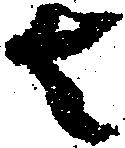
者